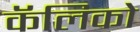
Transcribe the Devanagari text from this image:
कॅलिको